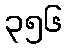
၃၅၆